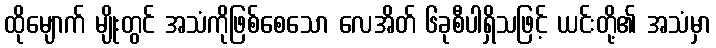
ထိုမျောက် မျိုးတွင် အသံကိုဖြစ်စေသော လေအိတ် ၆ခုစီပါရှိသဖြင့် ယင်းတို့၏ အသံမှာ